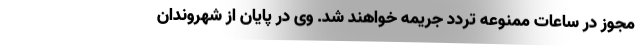
مجوز در ساعات ممنوعه تردد جریمه خواهند شد. وی در پایان از شهروندان